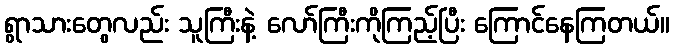
ရွာသားတွေလည်း သူကြီးနဲ့ လော်ကြီးကိုကြည့်ပြီး ကြောင်နေကြတယ်။